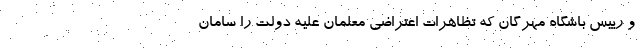
و رییس باشگاه مهرگان که تظاهرات اعتراضی معلمان علیه دولت را سامان